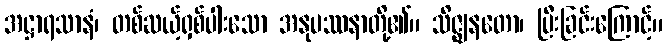
အဋ္ဌာရသာနံ၊ တစ်ဆယ့်ရှစ်ပါးသော အနုပဿနာတို့၏။ သိဇ္ဈနတော၊ ပြီးခြင်းကြောင့်။